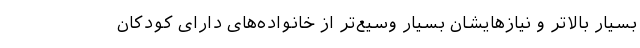
بسیار بالاتر و نیازهایشان بسیار وسیع‌تر از خانواده‌های دارای کودکان